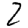
Digit: 2